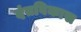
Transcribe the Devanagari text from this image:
दंतविकास